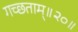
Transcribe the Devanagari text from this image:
गच्छताम्‌॥२०॥